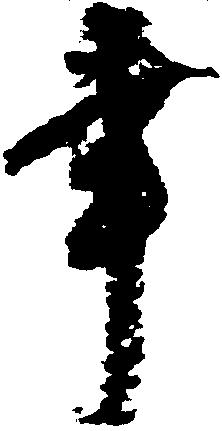
事